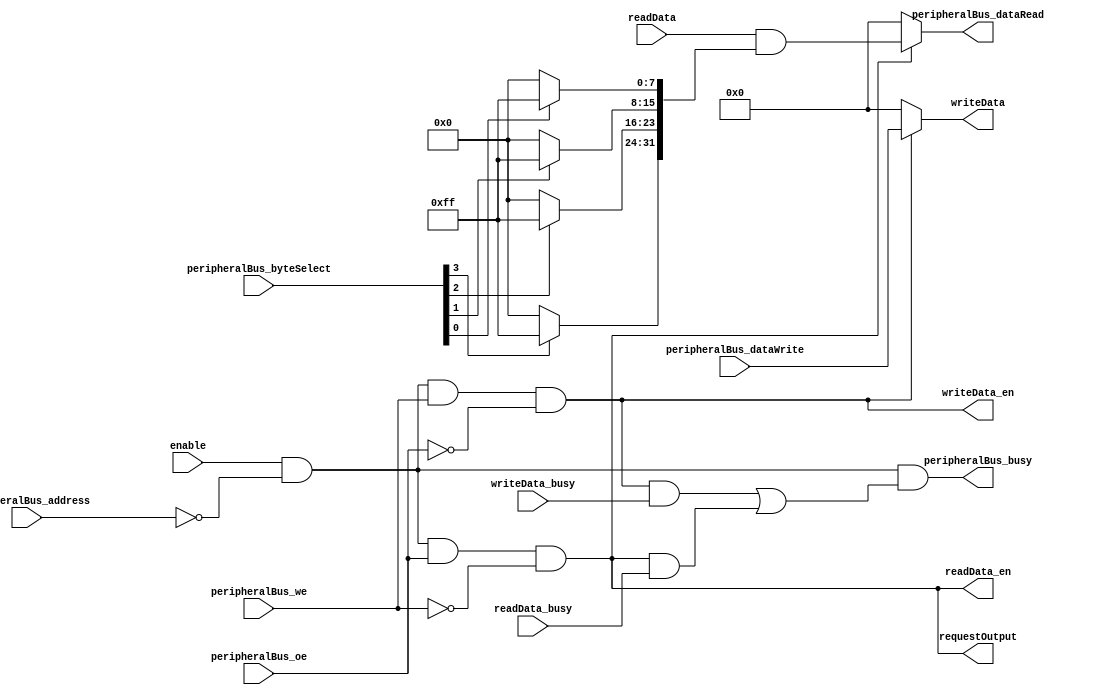
`default_nettype none

`ifndef DATA_REGISTER_V
`define DATA_REGISTER_V

module DataRegister #(
		parameter WIDTH = 32,
		parameter ADDRESS = 12'b0
	)(
		// Peripheral Bus
		input wire enable,
		input wire peripheralBus_we,
		input wire peripheralBus_oe,
		output wire peripheralBus_busy,
		input wire[11:0] peripheralBus_address,
		input wire[3:0] peripheralBus_byteSelect,
		output wire[31:0] peripheralBus_dataRead,
		input wire[31:0] peripheralBus_dataWrite,
		output wire requestOutput,

		output wire[WIDTH-1:0] writeData,
		output wire writeData_en,
		input wire writeData_busy,
		input wire[WIDTH-1:0] readData,
		output wire readData_en,
		input wire readData_busy
	);

	wire[31:0] dataMask = {
		peripheralBus_byteSelect[3] ? 8'hFF : 8'h00,
		peripheralBus_byteSelect[2] ? 8'hFF : 8'h00,
		peripheralBus_byteSelect[1] ? 8'hFF : 8'h00,
		peripheralBus_byteSelect[0] ? 8'hFF : 8'h00
	};

	wire registerSelect = enable && (peripheralBus_address == ADDRESS);
	wire we = registerSelect && peripheralBus_we && !peripheralBus_oe;
	wire oe = registerSelect && peripheralBus_oe && !peripheralBus_we;

	assign writeData = we ? peripheralBus_dataWrite[WIDTH-1:0] : {WIDTH{1'b0}};
	assign writeData_en = we;

	generate
		if (WIDTH < 32) wire _unused_peripheralBus_dataWrite = &{ 1'b0, peripheralBus_dataWrite[31:WIDTH], 1'b0 };
	endgenerate

	wire[31:0] baseReadData;
	generate
		if (WIDTH == 32) begin
			assign baseReadData = readData;
		end else begin
			wire[32-WIDTH-1:0] zeroPadding = 'b0;
			assign baseReadData = { zeroPadding, readData };
		end
	endgenerate

	assign peripheralBus_dataRead = oe ? baseReadData & dataMask : 32'b0;
	assign peripheralBus_busy = registerSelect && ((we && writeData_busy) | (oe && readData_busy));
	assign requestOutput = oe;
	assign readData_en = oe;

endmodule

`endif